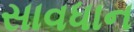
સાવધાન